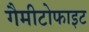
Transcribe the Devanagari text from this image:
गैमीटोफाइट